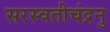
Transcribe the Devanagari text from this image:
सरस्वतीचंद्रनु